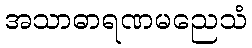
အသာဓာရဏမညေသံ